Medical and sanitary report of the native army of Madras for the year
Year: 1878
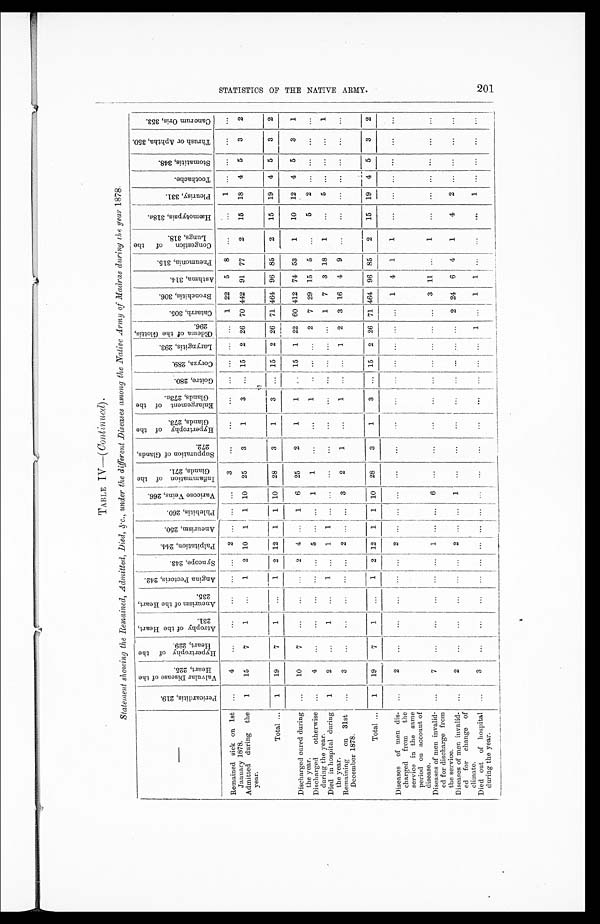
TABLE TV—(
Continued).
Statement showing the Remained, Admitted, Died, &c., under the different Diseases among the Native Army of Madras during the year 1878.
—
P e r i c a r d i t i s , 2 1 9 .
V a l v u l a r D i s e a s e o f t h e H e a r t , 2 2 5 .
H y p e r t r o p h y o f t h e H e a r t , 2 2 9 .
A t r o p h y o f t h e H e a r t , 2 3 1 .
A n e u r i s m o f t h e H e a r t , 2 3 5 .
A n g i n a P e c t o r i s , 2 4 2 .
S y n c o p e , 2 4 3 .
P a l p i t a t i o n , 2 4 4 .
A n e u r i s m , 2 5 0 .
P h l e b i t i s , 2 6 0 .
V a r i c o s e V e i n s , 2 6 6 .
I n f l a m a t i o n o f t h e G l a n d s , 2 7 1 .
S u p p u r a t i o n o f G l a n d s , 2 7 2 .
H y p e r t r o p h y o f t h e G l a n d s , 2 7 3 .
E n l a r g e m e n t o f t h e G l a n d s , 2 7 3a.
G o i t r e , 2 8 0 .
C o r y z a , 2 8 9 .
L a r y n g i t i s , 2 9 3 .
Œd e m a o f t h e G l o t t i s , 2 9 6 . C a t a r r h , 3 0 5 .
B r o n c h i t i s , 3 0 6 .
A s t h m a , 3 1 4 .
P n e u m o n i a , 3 1 5 .
C o n g e s t i o n o f t h e L u n g s , 3 1 8 .
H æ m o t y p s i s , 3 1 8
a
.
P l e u r i s y , 3 3 1 .
T o o t h a c h e .
S t o m a t i t i s , 3 4 8 .
T h r u s h o r A p h t h a , 3 5 0 .
C a n c r u m O r i s , 3 5 3 .
Remained sick on 1st
January 1878.
. . . 4
. . .
. . .
. . .
. . .
. . .
2
. . . . . .
. . . 3
. . .
. . .
. . .
. . .
. . .
. . .
. . .
1
22
5
8
. . .
. . .
1
. . .
. . .
. . .
. . .
Admitted during the
year.
1
15
7
1
. . .
1
2
10
1
1
10
25
3
1
3
. . . 15
2
26
70 442
91
77
2
15
18
4
5
3
2
Total . . .
1
19
7
1
. . .
1
2
12
1
1
10
28
3
1
3
. . . 15
2
26
71 464
96
85
2
15
19
4
—
5
3
2
Discharged cured during
the year.
. . .
10
7
. . .
. . .
. . .
2
4
. . .
1
6
25
2
1
1
. . .
15
1
22
60 412
74
53
1
10
12
4
5
3
1
Discharged otherwise
during the year.
. . .
4
. . .
. . .
. . .
. . .
. . .
5
. . .. . .
1
1
. . .
. . .
1
. . .
. . .
. . . 2
7
29
15
5
. . .
5
2
. . .
. . .
. . .
. . .
Died in hospital during
the year.
1
2
. . .
1
. . .
1
. . . 1
1
. . .
. . .
. . .
. . .
. . .
. . .
. . .
. . .
. . . . . .
1
7
3
18
1
. . .
5
. . .
. . .
. . . 1
Remaining on 31st
December 1878.
. . .
3
. . .
. . .
. . .
. . .
. . .
2
. . . . . .
3
2
1
. . .
1
. . .
. . .
1
2
3
16
4
9
. . .
. . .
. . .
. . .
. . .
. . .
. . .
Total . . .
1
19
7
1
. . .
1
2
12
1
1
10
28
3
1
3
. . .
15
2
26
71 464
96 85
2
15
19
4
5
3
2
Diseases of men dis-
charged from the
service in the same
period on account of
disease.
. . .
2
. . .
. . .
. . .
. . .
. . . 2
. . .
. . .
. . .
. . .
. . .
. . .
. . .
. . .
. . .
. . .
. . .
. . .
1
4
1
1
. . .
. . .
. . .
. . .
. . .
. . .
Diseases of men invalid-
ed for discharge from
the service.
. . .
7
. . .
. . .
. . .
. . .
. . .
1
. . .. . .
6
. . .
. . .
. . .
. . .
. . .
. . .
. . . . . .
. . .
3
1 1
. . .
1
. . .
. . .
. . .
. . .
. . .
. . .
Diseases of men invalid-
ed for change of climate.
. . .
2
. . .. . .
. . .
. . .
. . .
2
. . .. . .
1
. . .
. . .
. . .
. . .
. . .
. . .
. . . . . .
2
24
6
4
1
4
2
. . .
. . .
. . .
. . .
Died out of hospital
during the year.
. . .
3
. . .. . .
. . .
. . .
. . .
. . .
. . .. . .
. . .
. . .
. . .. . .
. . .
. . .
. . .
. . . 1
. . .
1
1
. . .
. . .
. . .
1
. . .
. . .
. . .
. . .
S T A T I S T I C S O F T H E N A T I V E A R M Y .
201